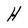
Character: H